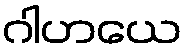
ဂါဟယေ